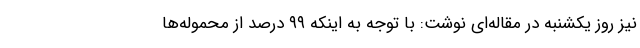
نیز روز یکشنبه در مقاله‌ای نوشت: با توجه به اینکه ۹۹ درصد از محموله‌ها